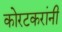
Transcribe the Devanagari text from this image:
कोरटकरांनी